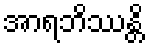
အာရဘိဿန္တိ